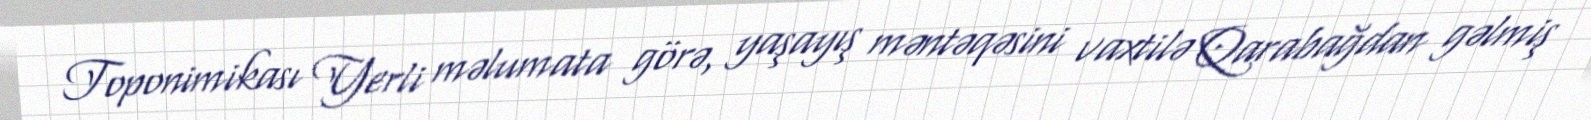
Toponimikası Yerli məlumata görə, yaşayış məntəqəsini vaxtilə Qarabağdan gəlmiş